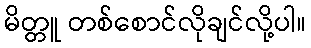
မိတ္တူ တစ်စောင်လိုချင်လို့ပါ။